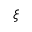
\xi